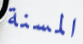
المسنة